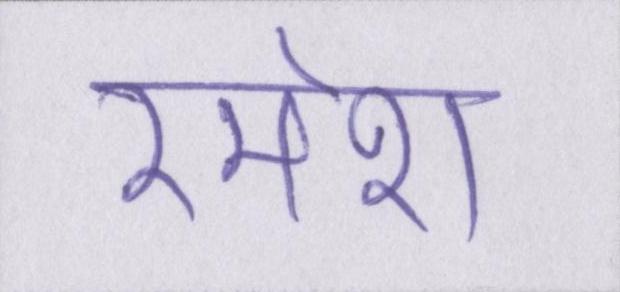
रमेश